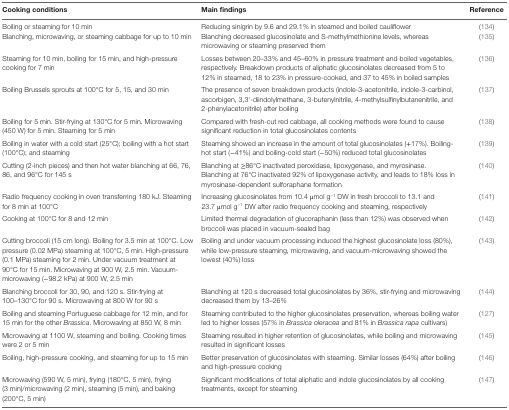
<table><thead><tr><td><b>Cooking conditions</b></td><td><b>Main findings</b></td><td><b>Reference</b></td></tr></thead><tbody><tr><td>Boiling or steaming for 10 min</td><td>Reducing sinigrin by 9.6 and 29.1% in steamed and boiled cauliflower</td><td>(134)</td></tr><tr><td>Blanching, microwaving, or steaming cabbage for up to 10 min</td><td>Blanching decreased glucosinolate and S-methylmethionine levels, whereas microwaving or steaming preserved them</td><td>(135)</td></tr><tr><td>Steaming for 10 min, boiling for 15 min, and high-pressure cooking for 7 min</td><td>Losses between 20–33% and 45–60% in pressure treatment and boiled vegetables, respectively. Breakdown products of aliphatic glucosinolates decreased from 5 to 12% in steamed, 18 to 23% in pressure-cooked, and 37 to 45% in boiled samples</td><td>(136)</td></tr><tr><td>Boiling Brussels sprouts at 100°C for 5, 15, and 30 min</td><td>The presence of seven breakdown products (indole-3-acetonitrile, indole-3-carbinol, ascorbigen, 3,3′-diindolylmethane, 3-butenylnitrile, 4-methylsulfinylbutanenitrile, and 2-phenylacetonitrile) after boiling</td><td>(137)</td></tr><tr><td>Boiling for 5 min. Stir-frying at 130°C for 5 min. Microwaving (450 W) for 5 min. Steaming for 5 min</td><td>Compared with fresh-cut red cabbage, all cooking methods were found to cause significant reduction in total glucosinolates contents</td><td>(138)</td></tr><tr><td>Boiling in water with a cold start (25°C); boiling with a hot start (100°C); and steaming</td><td>Steaming showed an increase in the amount of total glucosinolates (+17%). Boiling-hot start (−41%) and boiling-cold start (−50%) reduced total glucosinolates</td><td>(139)</td></tr><tr><td>Cutting (2-inch pieces) and then hot water blanching at 66, 76, 86, and 96°C for 145 s</td><td>Blanching at ≥86°C inactivated peroxidase, lipoxygenase, and myrosinase. Blanching at 76°C inactivated 92% of lipoxygenase activity, and leads to 18% loss in myrosinase-dependent sulforaphane formation</td><td>(140)</td></tr><tr><td>Radio frequency cooking in oven transferring 180 kJ. Steaming for 8 min at 100°C</td><td>Increasing glucosinolates from 10.4 μmol g<sup>−1</sup> DW in fresh broccoli to 13.1 and 23.7 μmol g<sup>−1</sup> DW after radio frequency cooking and steaming, respectively</td><td>(141)</td></tr><tr><td>Cooking at 100°C for 8 and 12 min</td><td>Limited thermal degradation of glucoraphanin (less than 12%) was observed when broccoli was placed in vacuum-sealed bag</td><td>(142)</td></tr><tr><td>Cutting broccoli (15 cm long). Boiling for 3.5 min at 100°C. Low pressure (0.02 MPa) steaming at 100°C, 5 min. High-pressure (0.1 MPa) steaming for 2 min. Under vacuum treatment at 90°C for 15 min. Microwaving at 900 W, 2.5 min. Vacuum-microwaving (−98.2 kPa) at 900 W, 2.5 min</td><td>Boiling and under vacuum processing induced the highest glucosinolate loss (80%), while low-pressure steaming, microwaving, and vacuum-microwaving showed the lowest (40%) loss</td><td>(143)</td></tr><tr><td>Blanching broccoli for 30, 90, and 120 s. Stir-frying at 100–130°C for 90 s. Microwaving at 800 W for 90 s</td><td>Blanching at 120 s decreased total glucosinolates by 36%, stir-frying and microwaving decreased them by 13–26%</td><td>(144)</td></tr><tr><td>Boiling and steaming Portuguese cabbage for 12 min, and for 15 min for the other <i>Brassica</i>. Microwaving at 850 W, 8 min</td><td>Steaming contributed to the higher glucosinolates preservation, whereas boiling water led to higher losses (57% in <i>Brassica oleracea</i> and 81% in <i>Brassica rapa</i> cultivars)</td><td>(127)</td></tr><tr><td>Microwaving at 1100 W, steaming and boiling. Cooking times were 2 or 5 min</td><td>Steaming resulted in higher retention of glucosinolates, while boiling and microwaving resulted in significant losses</td><td>(145)</td></tr><tr><td>Boiling, high-pressure cooking, and steaming for up to 15 min</td><td>Better preservation of glucosinolates with steaming. Similar losses (64%) after boiling and high-pressure cooking</td><td>(146)</td></tr><tr><td>Microwaving (590 W, 5 min), frying (180°C, 5 min), frying (3 min)/microwaving (2 min), steaming (5 min), and baking (200°C, 5 min)</td><td>Significant modifications of total aliphatic and indole glucosinolates by all cooking treatments, except for steaming</td><td>(147)</td></tr></tbody></table>